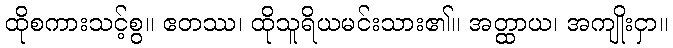
ထိုစကားသင့်စွ။ ဧတဿ၊ ထိုသူရိယမင်းသား၏။ အတ္ထာယ၊ အကျိုးငှာ။